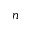
n